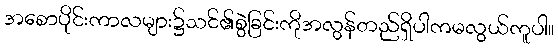
အစောပိုင်းကာလများ၌သင်၏စွဲခြင်းကိုအလွန်တည်ရှိပါကမလွယ်ကူပါ။